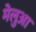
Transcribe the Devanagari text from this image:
मेलुआ